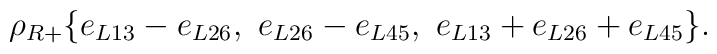
\rho_{R+}\{e_{L13} - e_{L26}, \,\, e_{L26} - e_{L45}, \,\, e_{L13} + e_{L26} + e_{L45}\}.